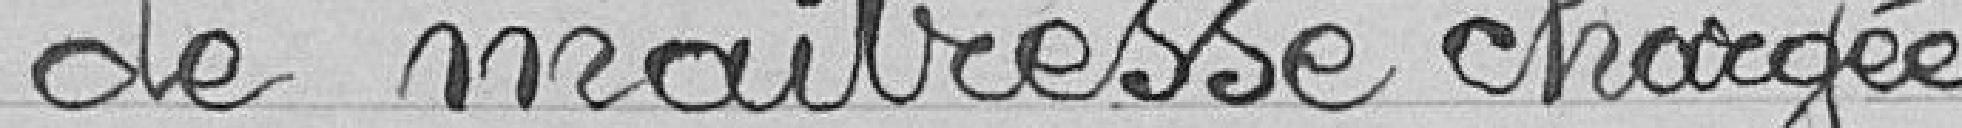
de maitresse chargée